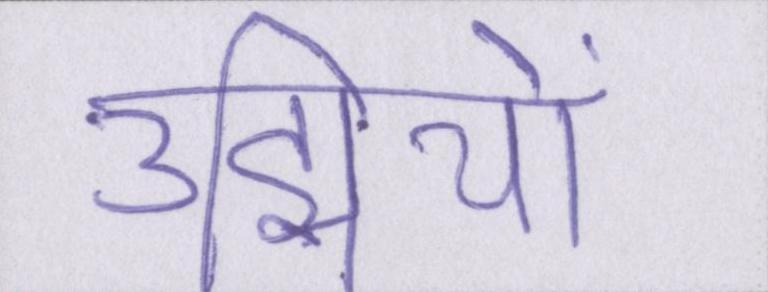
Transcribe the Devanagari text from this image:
उद्मियों